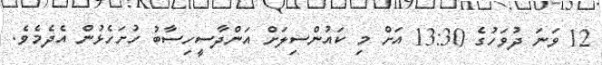
12 ވަނަ ދުވަހުގެ 13:30 އަށް މި ކައުންސިލަށް އަންދާސީހިސާބު ހުށަހެޅުން އެދެމެވެ.